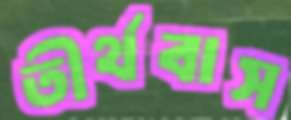
তীর্থবাস